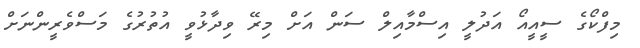
މިފްކޯގެ ސީއީއޯ އަދުލީ އިސްމާއިލް ސަން އަށް މިރޭ ވިދާޅުވީ އުތުރުގެ މަސްވެރީންނަށް